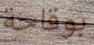
بوقاحة